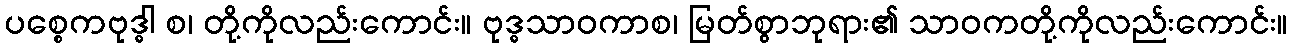
ပစ္စေကဗုဒ္ဓါ စ၊ တို့ကိုလည်းကောင်း။ ဗုဒ္ဓသာဝကာစ၊ မြတ်စွာဘုရား၏ သာဝကတို့ကိုလည်းကောင်း။